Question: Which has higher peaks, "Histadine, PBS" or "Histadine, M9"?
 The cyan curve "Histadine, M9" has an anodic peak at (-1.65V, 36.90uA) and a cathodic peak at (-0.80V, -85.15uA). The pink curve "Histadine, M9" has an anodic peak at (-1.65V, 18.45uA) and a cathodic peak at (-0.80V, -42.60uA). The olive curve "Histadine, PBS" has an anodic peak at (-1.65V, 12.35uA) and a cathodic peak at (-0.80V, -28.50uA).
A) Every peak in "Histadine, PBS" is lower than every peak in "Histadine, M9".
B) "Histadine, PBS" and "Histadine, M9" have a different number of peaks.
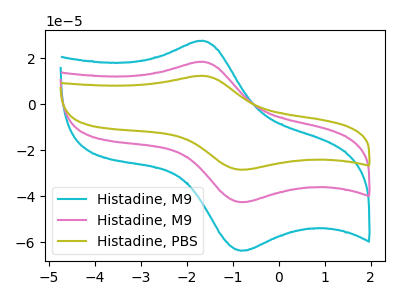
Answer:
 <answer>A) Every peak in "Histadine, PBS" is lower than every peak in "Histadine, M9".</answer>
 <eval>A</eval>